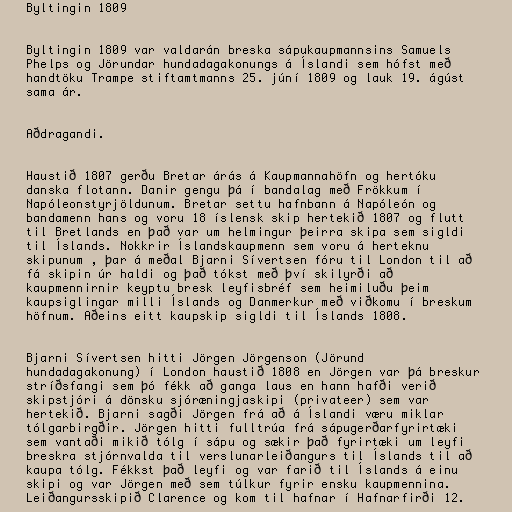
Byltingin 1809

Byltingin 1809 var valdarán breska sápukaupmannsins Samuels
Phelps og Jörundar hundadagakonungs á Íslandi sem hófst með
handtöku Trampe stiftamtmanns 25. júní 1809 og lauk 19. ágúst
sama ár.

Aðdragandi.

Haustið 1807 gerðu Bretar árás á Kaupmannahöfn og hertóku
danska flotann. Danir gengu þá í bandalag með Frökkum í
Napóleonstyrjöldunum. Bretar settu hafnbann á Napóleón og
bandamenn hans og voru 18 íslensk skip hertekið 1807 og flutt
til Bretlands en það var um helmingur þeirra skipa sem sigldi
til Íslands. Nokkrir Íslandskaupmenn sem voru á herteknu
skipunum , þar á meðal Bjarni Sívertsen fóru til London til að
fá skipin úr haldi og það tókst með því skilyrði að
kaupmennirnir keyptu bresk leyfisbréf sem heimiluðu þeim
kaupsiglingar milli Íslands og Danmerkur með viðkomu í breskum
höfnum. Aðeins eitt kaupskip sigldi til Íslands 1808.

Bjarni Sívertsen hitti Jörgen Jörgenson (Jörund
hundadagakonung) í London haustið 1808 en Jörgen var þá breskur
stríðsfangi sem þó fékk að ganga laus en hann hafði verið
skipstjóri á dönsku sjóræningjaskipi (privateer) sem var
hertekið. Bjarni sagði Jörgen frá að á Íslandi væru miklar
tólgarbirgðir. Jörgen hitti fulltrúa frá sápugerðarfyrirtæki
sem vantaði mikið tólg í sápu og sækir það fyrirtæki um leyfi
breskra stjórnvalda til verslunarleiðangurs til Íslands til að
kaupa tólg. Fékkst það leyfi og var farið til Íslands á einu
skipi og var Jörgen með sem túlkur fyrir ensku kaupmennina.
Leiðangursskipið Clarence og kom til hafnar í Hafnarfirði 12.